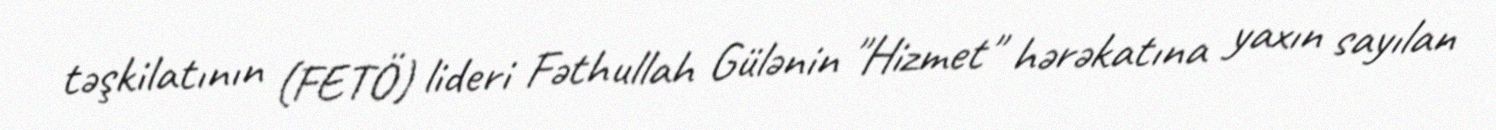
təşkilatının (FETÖ) lideri Fəthullah Gülənin "Hizmet" hərəkatına yaxın sayılan